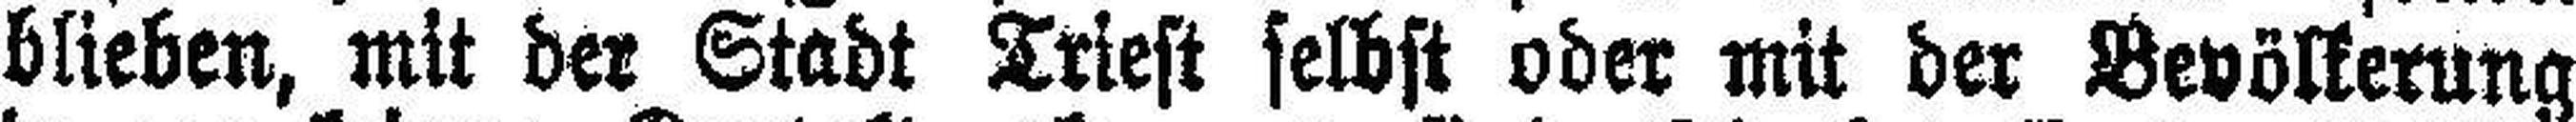
blieben, mit der Stadt Triest selbst oder mit der Bevölkerung